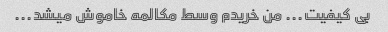
بی کیفیت... من خریدم وسط مکالمه خاموش میشد...